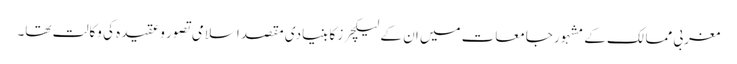
مغربی ممالک کے مشہور جامعات میں ان کے لیکچرز کا بنیادی مقصد اسلامی تصور و عقیدہ کی وکالت تھا۔